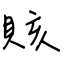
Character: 賅